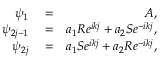
\begin{array} { r l r } { \psi _ { 1 } } & { { } = } & { A , } \\ { \psi _ { 2 j - 1 } } & { { } = } & { a _ { 1 } R e ^ { i k j } + a _ { 2 } S e ^ { - i k j } , } \\ { \psi _ { 2 j } } & { { } = } & { a _ { 1 } S e ^ { i k j } + a _ { 2 } R e ^ { - i k j } , } \end{array}